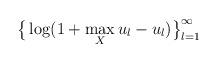
LaTeX: \begin{align*} \big\{ \log (1 + \max_X u_l - u_l)\big\}_{l=1}^{\infty}\end{align*}